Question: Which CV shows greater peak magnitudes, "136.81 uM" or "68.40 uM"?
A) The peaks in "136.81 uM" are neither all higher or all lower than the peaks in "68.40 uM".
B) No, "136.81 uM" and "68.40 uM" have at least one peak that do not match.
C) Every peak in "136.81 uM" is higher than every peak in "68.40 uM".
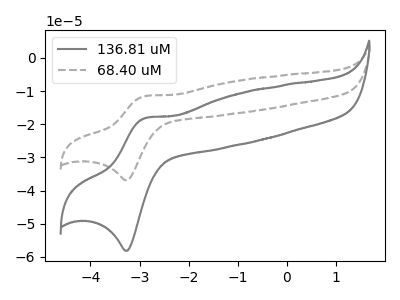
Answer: <think>The gray curve "136.81 uM" has an anodic peak at (-2.90V, -18.15uA) and a cathodic peak at (-3.25V, -58.20uA). The gray dashed curve "68.40 uM" has an anodic peak at (-2.90V, -11.50uA) and a cathodic peak at (-3.25V, -36.95uA).</think>
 <answer>A) The peaks in "136.81 uM" are neither all higher or all lower than the peaks in "68.40 uM".</answer>
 <eval>A</eval>